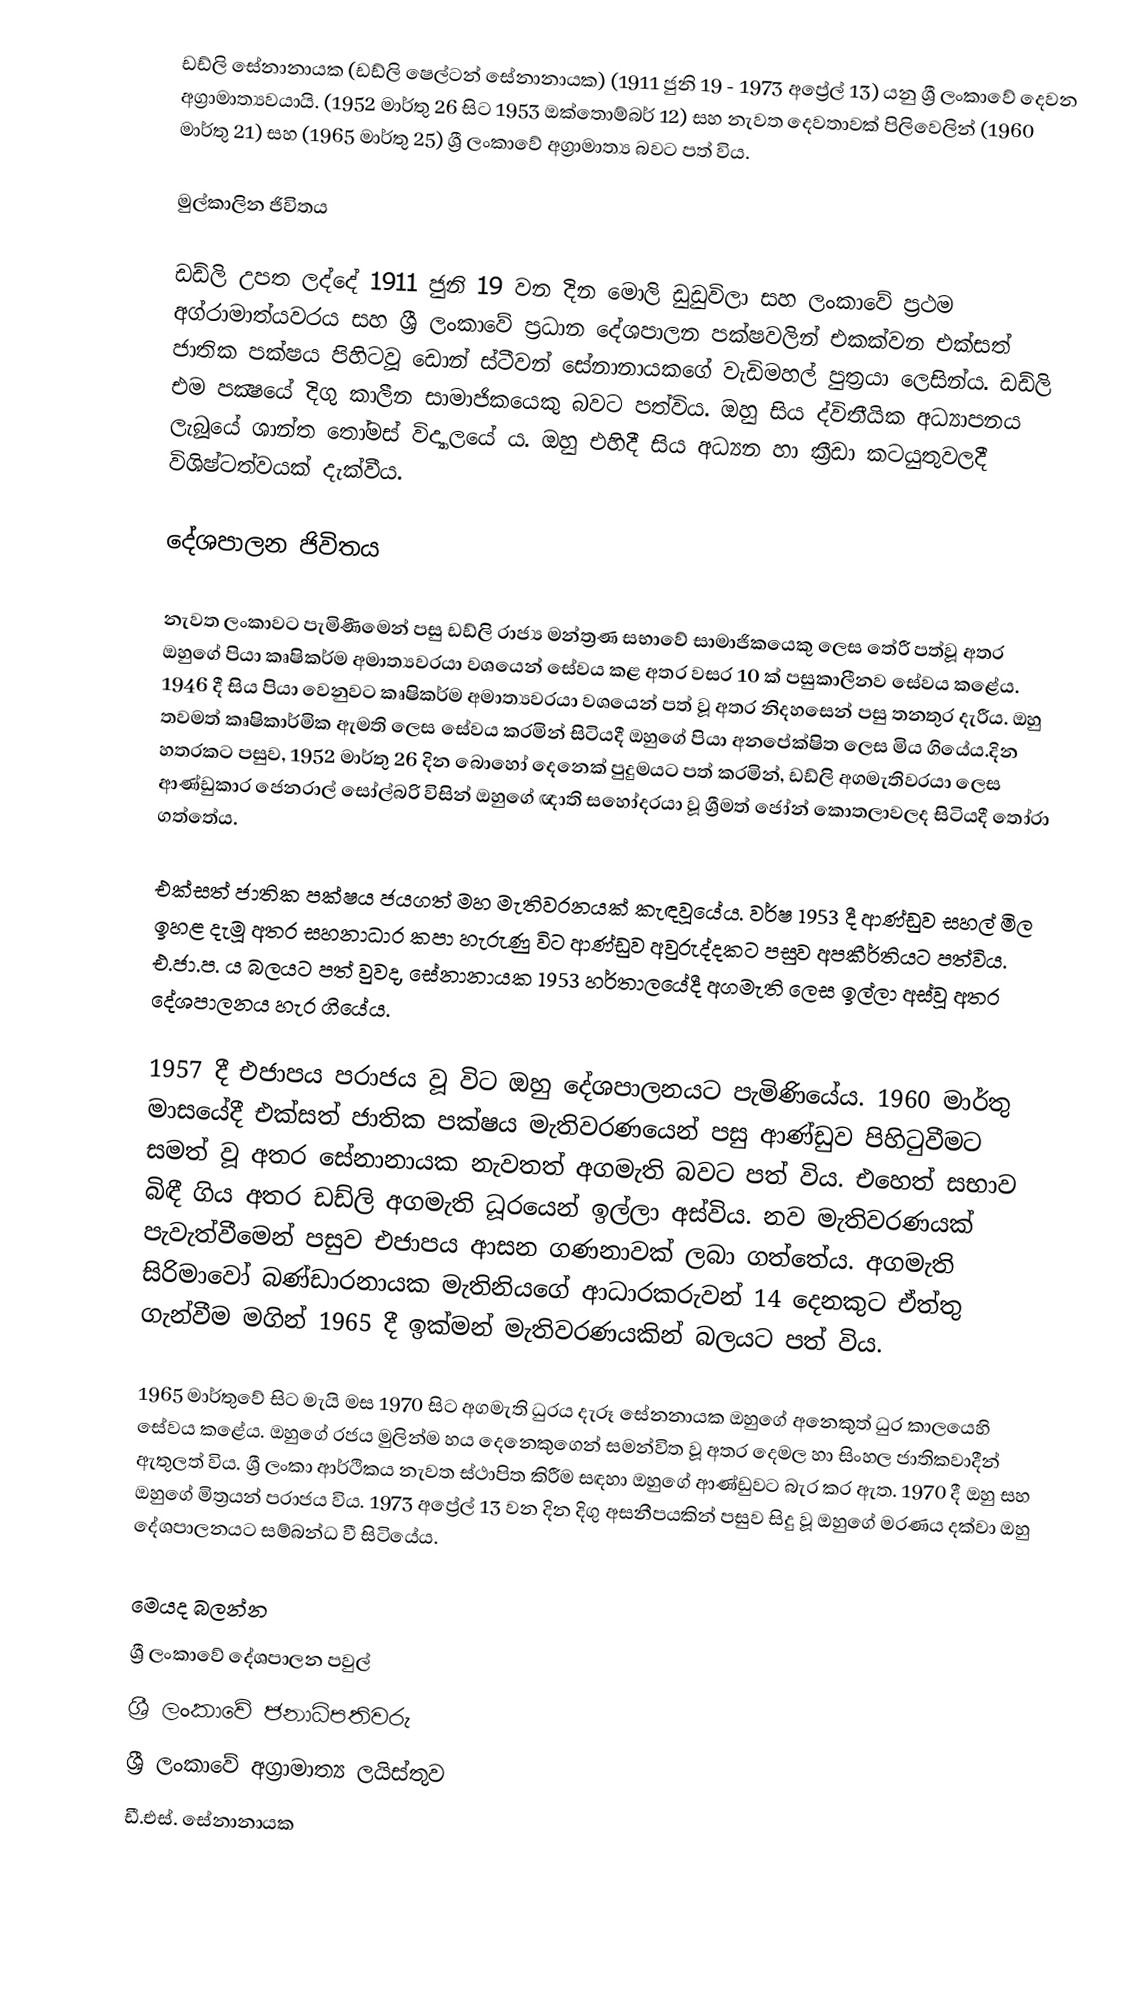
ඩඩ්ලි සේනානායක (ඩඩ්ලි ෂෙල්ටන් සේනානායක) (1911 ජුනි 19 - 1973 අප්‍රේල් 13)  යනු ශ්‍රී ලංකාවේ දෙවන අග්‍රාමාත්‍යවයායි. (1952 මාර්තු 26 සිට 1953 ඔක්තොම්බර් 12) සහ නැවත දෙවතාවක් පිලිවෙලින් (1960 මාර්තු 21) සහ (1965 මාර්තු 25) ශ්‍රී ලංකාවේ  අග්‍රාමාත්‍ය බවට පත් විය.

මුල්කාලින ජිවිතය

ඩඩ්ලි උපත ලද්දේ 1911 ජුනි 19 වන දින මොලි ඩුඩුවිලා සහ ලංකාවේ ප්‍රථම අග්රාමාත්යවරය සහ ශ්‍රී ලංකාවේ ප්‍රධාන දේශපාලන පක්ෂවලින් එකක්වන එක්සත් ජාතික පක්ෂය පිහිටවූ ඩොන් ස්ටීවන් සේනානායකගේ වැඩිමහල් පුත්‍රයා ලෙසින්ය. ඩඩ්ලි එම පක්‍ෂයේ දිගු කාලීන සාමාජිකයෙකු බවට පත්විය. ඔහු සිය ද්විතීයික අධ්‍යාපනය ලැබූයේ ශාන්ත තෝමස් විද්‍යාලයේ ය. ඔහු එහිදී සිය අධ්‍යන හා ක්‍රීඩා කටයුතුවලදී විශිෂ්ටත්වයක් දැක්වීය.

දේශපාලන ජිවිතය

නැවත ලංකාවට පැමිණීමෙන් පසු ඩඩ්ලි රාජ්‍ය මන්ත්‍රණ සභාවේ සාමාජිකයෙකු ලෙස තේරී පත්වූ අතර ඔහුගේ පියා කෘෂිකර්ම අමාත්‍යවරයා වශයෙන් සේවය කළ අතර වසර 10 ක් පසුකාලීනව සේවය කළේය. 1946 දී සිය පියා වෙනුවට කෘෂිකර්ම අමාත්‍යවරයා වශයෙන් පත් වූ අතර නිදහසෙන් පසු තනතුර දැරීය. ඔහු තවමත් කෘෂිකාර්මික ඇමති ලෙස සේවය කරමින් සිටියදී ඔහුගේ පියා අනපේක්ෂිත ලෙස මිය ගියේය.දින හතරකට පසුව, 1952 මාර්තු 26 දින බොහෝ දෙනෙක් පුදුමයට පත් කරමින්, ඩඩ්ලි අගමැතිවරයා ලෙස ආණ්ඩුකාර ජෙනරාල් සෝල්බරි විසින් ඔහුගේ ඥාති සහෝදරයා වූ ශ්‍රීමත් ජෝන් කොතලාවලද සිටියදී තෝරා ගත්තේය.

එක්සත් ජාතික පක්ෂය ජයගත් මහ මැතිවරනයක් කැඳවූයේය. වර්ෂ 1953 දී ආණ්ඩුව සහල් මිල ඉහළ දැමූ අතර සහනාධාර කපා හැරුණු විට ආණ්ඩුව අවුරුද්දකට පසුව අපකීර්තියට පත්විය. එ.ජා.ප. ය බලයට පත් වුවද, සේනානායක 1953 හර්තාලයේදී අගමැති ලෙස ඉල්ලා අස්වූ අතර දේශපාලනය හැර ගියේය.

1957 දී එජාපය පරාජය වූ විට ඔහු දේශපාලනයට පැමිණියේය. 1960 මාර්තු මාසයේදී එක්සත් ජාතික පක්ෂය මැතිවරණයෙන් පසු ආණ්ඩුව පිහිටුවීමට සමත් වූ අතර සේනානායක නැවතත් අගමැති බවට පත් විය. එහෙත් සභාව බිඳී ගිය අතර ඩඩ්ලි අගමැති ධූරයෙන් ඉල්ලා අස්විය. නව මැතිවරණයක් පැවැත්වීමෙන් පසුව එජාපය ආසන ගණනාවක් ලබා ගත්තේය. අගමැති සිරිමාවෝ බණ්ඩාරනායක මැතිනියගේ ආධාරකරුවන් 14 දෙනකුට ඒත්තු ගැන්වීම මගින් 1965 දී ඉක්මන් මැතිවරණයකින් බලයට පත් විය.

1965 මාර්තුවේ සිට මැයි මස 1970 සිට අගමැති ධුරය දැරූ සේනනායක ඔහුගේ අනෙකුත් ධුර කාලයෙහි සේවය කළේය. ඔහුගේ රජය මුලින්ම හය දෙනෙකුගෙන් සමන්විත වූ අතර දෙමල හා සිංහල ජාතිකවාදීන් ඇතුලත් විය. ශ්‍රී ලංකා ආර්ථිකය නැවත ස්ථාපිත කිරීම සඳහා ඔහුගේ ආණ්ඩුවට බැර කර ඇත. 1970 දී ඔහු සහ ඔහුගේ මිත්‍රයන් පරාජය විය. 1973 අප්‍රේල් 13 වන දින දිගු අසනීපයකින් පසුව සිදු වූ ඔහුගේ මරණය දක්වා ඔහු දේශපාලනයට සම්බන්ධ වී සිටියේය.

මෙයද බලන්න
 ශ්‍රී ලංකාවේ දේශපාලන පවුල්
 ශ්‍රී ලංකාවේ ජනාධිපතිවරු
 ශ්‍රී ලංකාවේ අග්‍රාමාත්‍ය ලයිස්තුව
 ඩී.එස්. සේනානායක